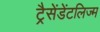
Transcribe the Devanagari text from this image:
ट्रैसेंडेंटलिज्म